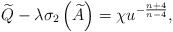
\begin{align*}\widetilde{Q}-\lambda \sigma _{2}\left( \widetilde{A}\right) =\chi u^{-\frac{n+4}{n-4}}, \end{align*}